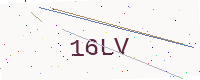
Text: 16LV